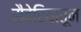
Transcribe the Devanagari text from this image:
सैबेरियातून